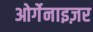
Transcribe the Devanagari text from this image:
ओर्गेनाइज़र